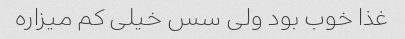
غذا خوب بود ولی سس خیلی کم میزاره